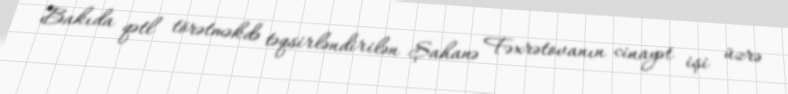
Bakıda qətl törətməkdə təqsirləndirilən Şahanə Fəxrətovanın cinayət işi üzrə